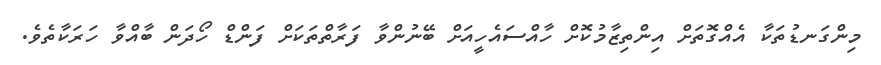
މިންގަނޑުތަކާ އެއްގޮތަށް އިންތިޒާމުކޮށް ހާއްސައެހީއަށް ބޭނުންވާ ފަރާތްތަކަށް ފަންޑް ހޯދަން ބާއްވާ ހަރަކާތެވެ.